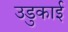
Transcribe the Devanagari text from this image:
उडुकाई